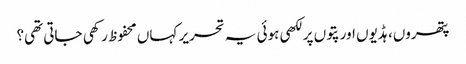
پتھروں، ہڈیوں اور پتوں پر لکھی ہوئی یہ تحریر کہاں محفوظ رکھی جاتی تھی؟